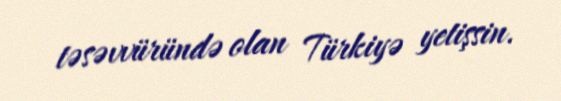
təsəvvüründə olan Türkiyə yetişsin.